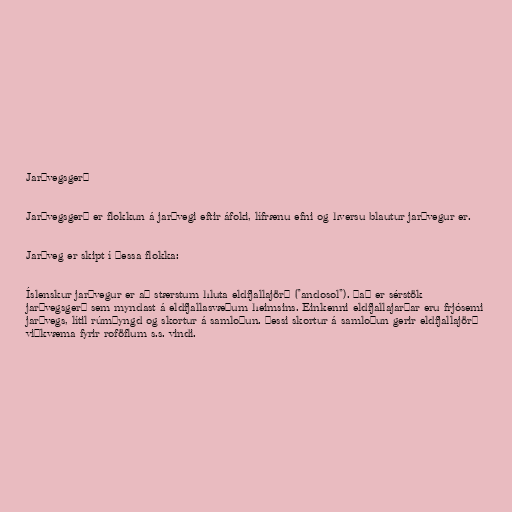
Jarðvegsgerð

Jarðvegsgerð er flokkun á jarðvegi eftir áfoki, lífrænu efni og hversu blautur jarðvegur er.

Jarðveg er skipt í þessa flokka:

Íslenskur jarðvegur er að stærstum hluta eldfjallajörð ("andosol"). Það er sérstök
jarðvegsgerð sem myndast á eldfjallasvæðum heimsins. Einkenni eldfjallajarðar eru frjósemi
jarðvegs, lítil rúmþyngd og skortur á samloðun. Þessi skortur á samloðun gerir eldfjallajörð
viðkvæma fyrir roföflum s.s. vindi.